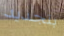
بتجديد